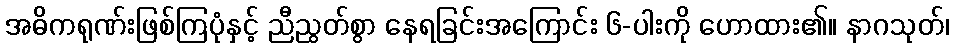
အဓိကရုဏ်းဖြစ်ကြပုံနှင့် ညီညွတ်စွာ နေရခြင်းအကြောင်း ၆-ပါးကို ဟောထား၏။ နာဂသုတ်၊